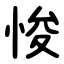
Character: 悛